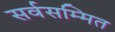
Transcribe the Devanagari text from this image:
सर्वसम्मित